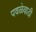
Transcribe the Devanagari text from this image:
पवळेवाडी